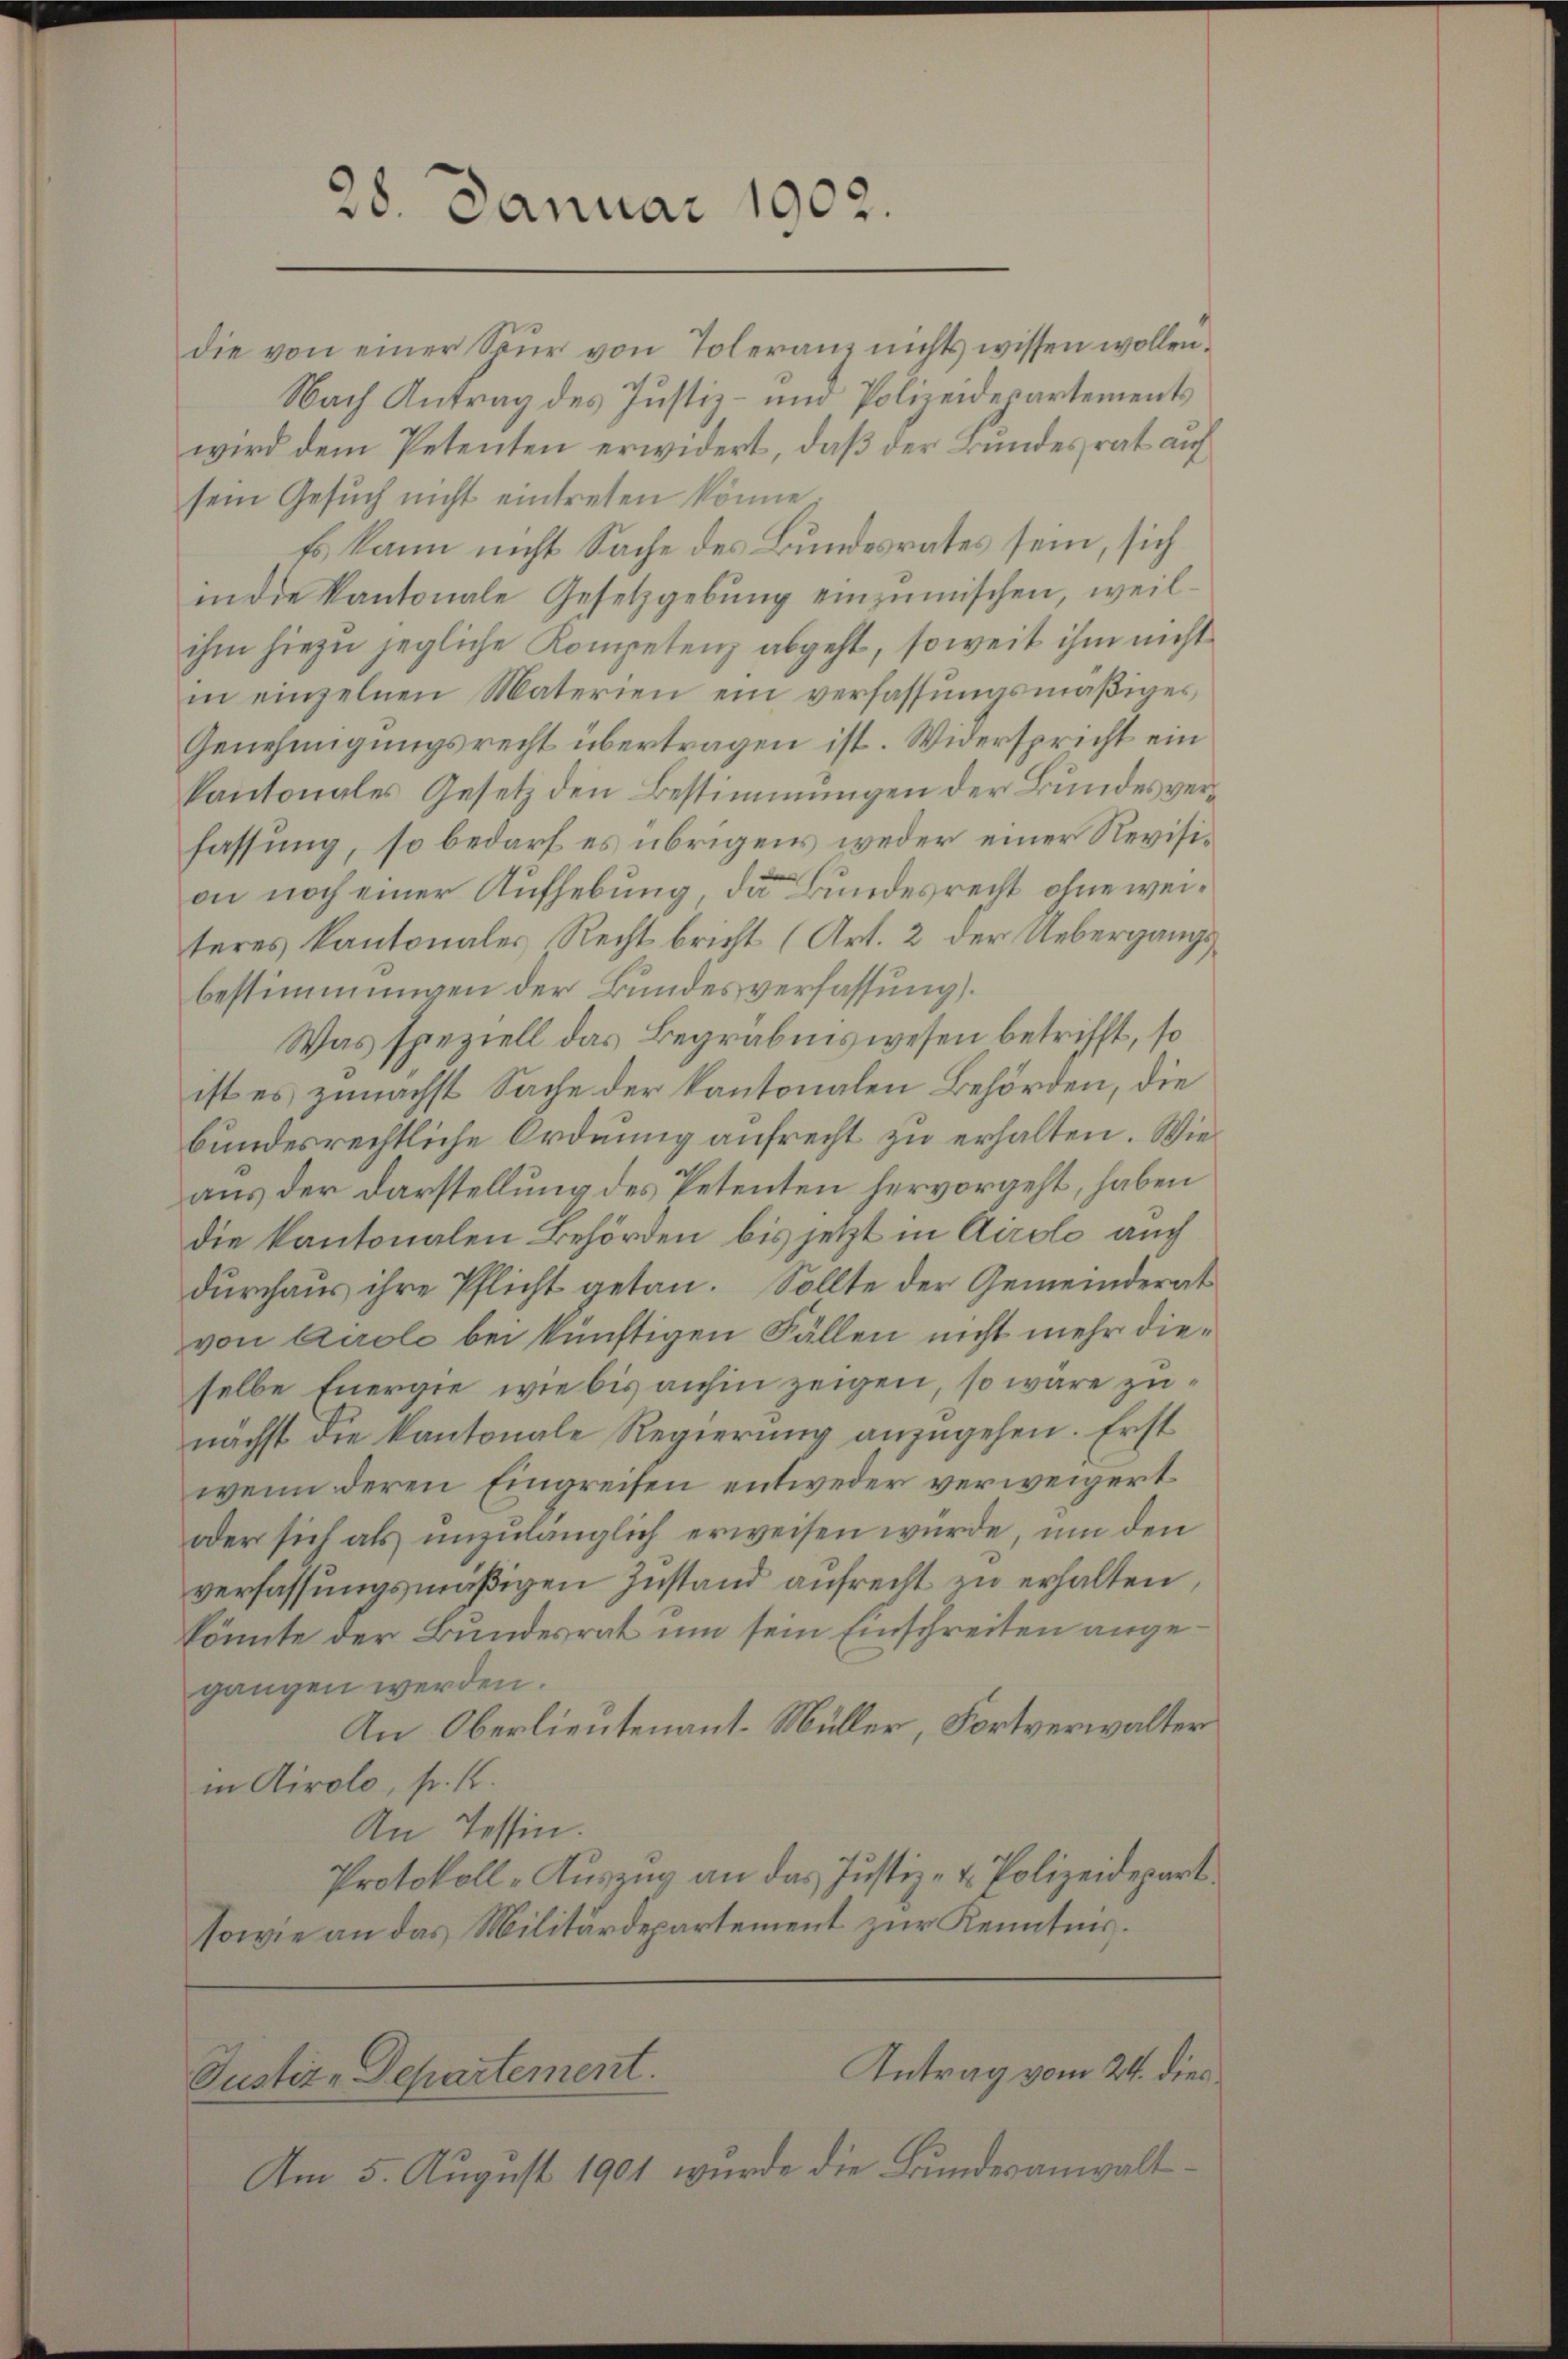
28. Januar 1902.

die von einer Spur von Toleranz nichts wissen wollen.
Nach Antrag des Justiz- und Polizeidepartements
wird dem Petenten erwidert, daß der Bundesrat auf
sem Gesŭch nicht eintreten könne;
Es kann nicht Sache des Bundesrates sein, sich
indie Kantonale Gesetzgebŭng einzŭmischen, weil-
ihm hiezu jegliche Kompetenz abgeht, soweit ihm nicht
in einzelnen Materien ein verfassungsmäßiges
Genehmigungsrecht übertragen ist. Widerspricht ein
kantonales Gesetz den Bestimmungen der Bundesverfassung, so bedarf es übrigens weder einer Revision noch einer Aufhebung, da Bundesrecht ohne weiteres Kantonales Recht bricht (Art. 2 der Uebergangsbestimmungen der Bundesverfassung).
Was speziell das Begräbniswesen betrifft, so
ist es zunächst Sache der kantonalen Behörden, die
bundesrechtliche Ordnung aufrecht zu erhalten. Wie
aus der Darstellung des Petenten hervorgeht, haben
die kantonalen Behörden bis jetzt in Airolo auch
durchaus ihre Pflicht getan. Sollte der Gemeinderat
von Airolo bei künftigen Fällen nicht mehr dieselbe Energie, wie bis anhin zeigen, so wäre zunächst die kantonale Regierung anzugehen. Erst
wenn deren Eingreifen entweder verweigert
oder sich als unzulänglich erweisen würde, um den
verfassungsmäßigen Zustand aufrecht zu erhalten,
könnte der Bundesrat um sein Einschreiten angegangen werden.
An Oberlieutenant. Müller, Fortverwalter
in Airolo, pr. K.
An Tessin.
Protokoll-Auszug an das Justiz- & Polizeidepart.
sowie an das Militärdepartement zur Kenntnis.

Antrag vom 24. dies
Justiz-Departement.

Am 5. August 1901 wurde die Bundesanwalt¬